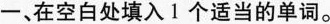
一、在空白处填入1 个适当的单词。